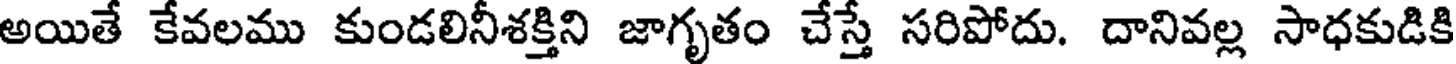
అయితే కేవలము కుండలినీశక్తిని జాగృతం చేస్తే సరిపోదు. దానివల్ల సాధకుడికి